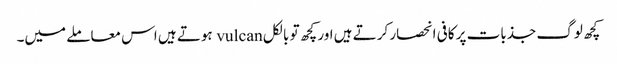
کچھ لوگ جذبات پر کافی انحصار کرتے ہیں اور کچھ تو بالکل vulcan ہوتے ہیں اس معاملے میں۔